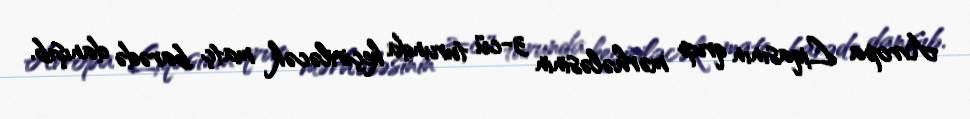
Avropa Liqasının qrup mərhələsinin 3-cü turunda keçiriləcək matç barədə danışıb.